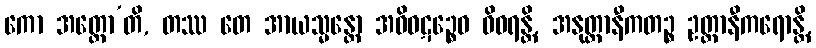
ကော အတ္ထော’တိ, တဿ တေ အာယသ္မန္တော အဝိဝဋဉ္စေဝ ဝိဝရန္တိ, အနုတ္တာနီကတဉ္စ ဥတ္တာနီကရောန္တိ,